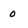
Character: 0